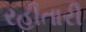
રહીતારી